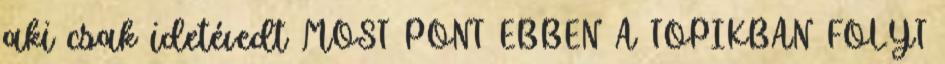
aki csak idetévedt MOST PONT EBBEN A TOPIKBAN FOLYT